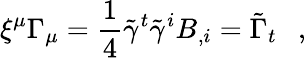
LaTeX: \xi^{\mu}\Gamma_{\mu}=\frac 14\tilde{\gamma}^{t}\tilde{\gamma}^{i}B_{,i}=\tilde{\Gamma}_{t}~~~,